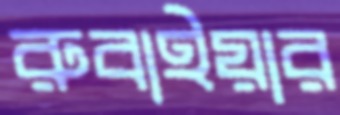
রুবাইয়ার